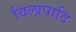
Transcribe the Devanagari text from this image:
विलापादि